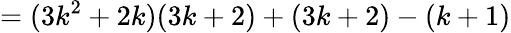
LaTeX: =(3k^{2}+2k)(3k+2)+(3k+2)-(k+1)